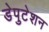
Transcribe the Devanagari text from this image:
डेपुटेशन